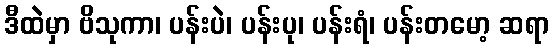
ဒီထဲမှာ ဗိသုကာ၊ ပန်းပဲ၊ ပန်းပု၊ ပန်းရံ၊ ပန်းတမော့ ဆရာ